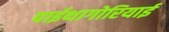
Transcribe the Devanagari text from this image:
पाईथागोरियाई